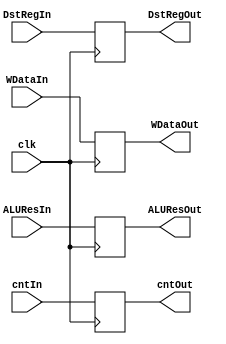
module superReg3(input [3:0]cntIn,input [31:0]ALUResIn,WDataIn,input [4:0]DstRegIn,input clk,
  output reg [3:0]cntOut,output reg [31:0]ALUResOut,WDataOut,output reg [4:0]DstRegOut);
  always@(posedge clk) begin
    cntOut <= cntIn;
    ALUResOut <= ALUResIn;
    WDataOut <= WDataIn;
    DstRegOut <= DstRegIn;
  end
endmodule